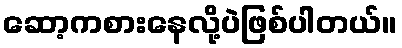
ဆော့ကစားနေလို့ပဲဖြစ်ပါတယ်။